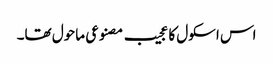
اس اسکول کا عجیب مصنوعی ماحول تھا۔